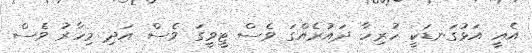
އެއީ އަޅުގަނޑަކީ ހުރިހާ ދައުރެއްގަ ވެސް ޓީވީގަ ވެސް އަދި މިހާރު ވެސް